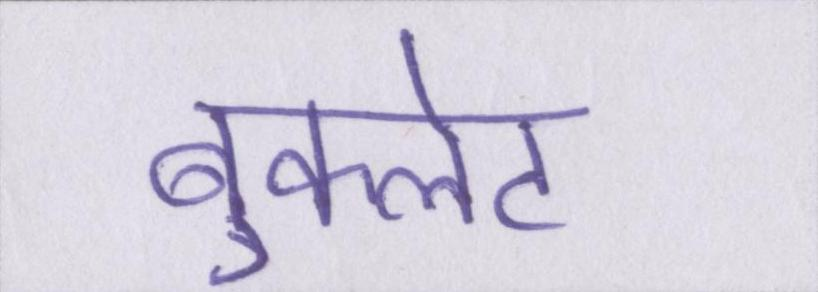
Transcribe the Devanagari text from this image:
बुकलेट